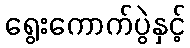
ရွေးကောက်ပွဲနှင့်